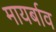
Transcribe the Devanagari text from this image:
मायर्बाव